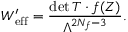
W _ { \mathrm { e f f } } ^ { \prime } = \frac { \operatorname * { d e t } T \cdot f ( Z ) } { \Lambda ^ { 2 N _ { f } - 3 } } .